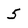
Character: 5